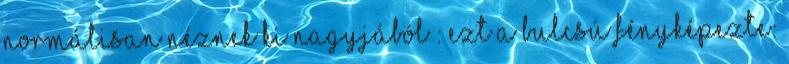
normálisan néznek ki nagyjából : Ezt a Bulcsú fényképezte: